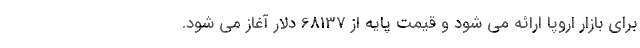
برای بازار اروپا ارائه می شود و قیمت پایه از 68137 دلار آغاز می شود.